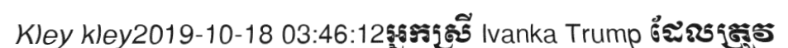
Kley kley2019-10-18 03:46:12អ្នកស្រី Ivanka Trump ដែលត្រូវ